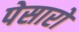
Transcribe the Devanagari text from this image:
पेसारो